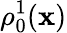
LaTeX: \rho_{0}^{1}(\mathbf{x})